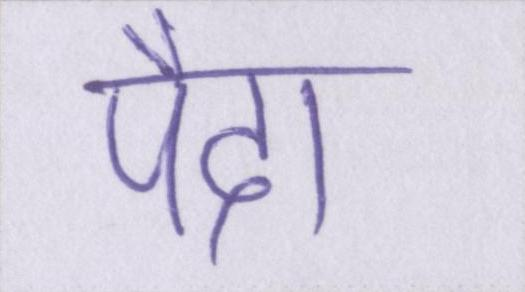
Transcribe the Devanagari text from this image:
पैदा